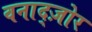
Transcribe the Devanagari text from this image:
वनाद्ज़ोर